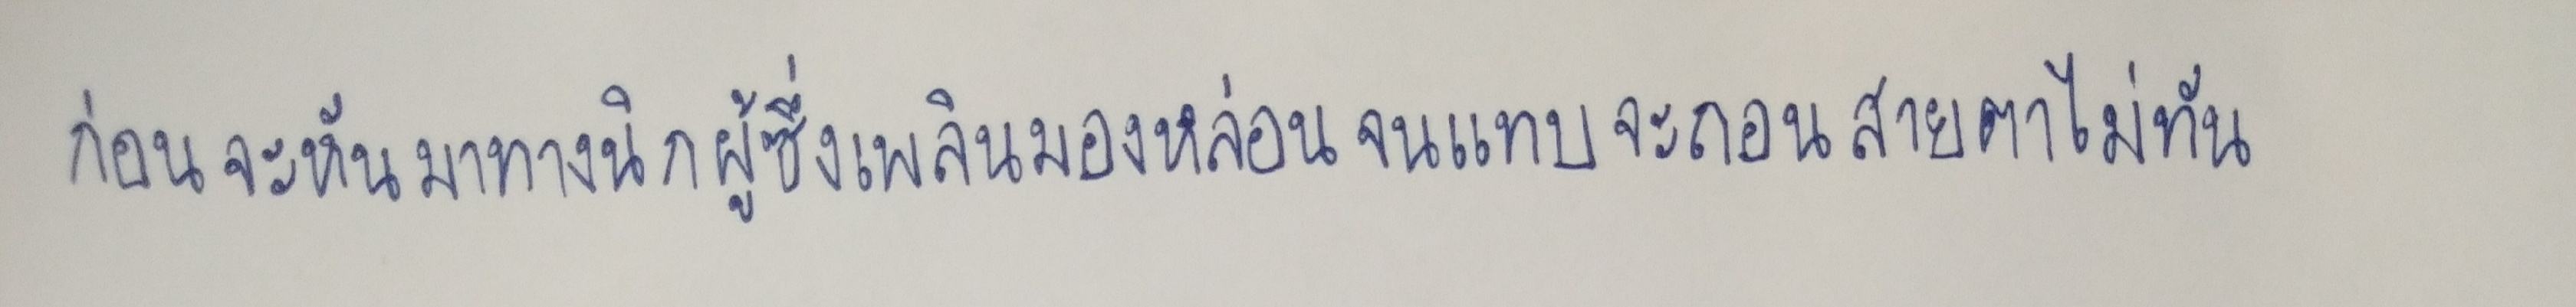
ก่อนจะหันมาทางนิกผู้ซึ่งเพลินมองหล่อนจนแทบจะถอนสายตาไม่ทัน